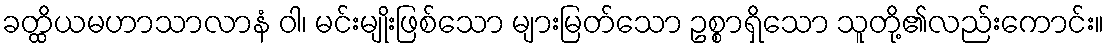
ခတ္ထိယမဟာသာလာနံ ဝါ၊ မင်းမျိုးဖြစ်သော များမြတ်သော ဥစ္စာရှိသော သူတို့၏လည်းကောင်း။